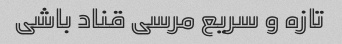
تازه و سریع مرسی قناد باشی